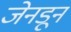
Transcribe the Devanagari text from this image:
जेनडून